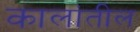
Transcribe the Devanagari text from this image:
कालांतील